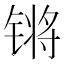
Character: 锵